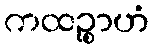
ကထဉ္စာဟံ